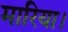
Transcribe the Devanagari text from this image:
मारिया।